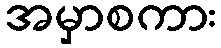
အမှာစကား